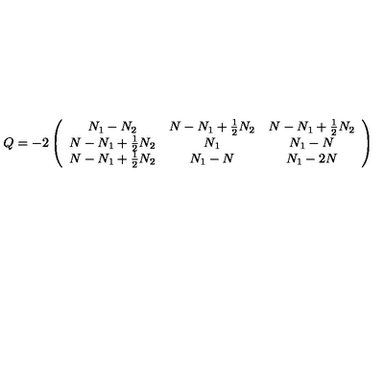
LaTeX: Q = - 2 \left( \begin{array} { c c c } { N _ { 1 } - N _ { 2 } } & { N - N _ { 1 } + \frac 1 2 N _ { 2 } } & { N - N _ { 1 } + \frac 1 2 N _ { 2 } } \\ { N - N _ { 1 } + \frac 1 2 N _ { 2 } } & { N _ { 1 } } & { N _ { 1 } - N } \\ { N - N _ { 1 } + \frac 1 2 N _ { 2 } } & { N _ { 1 } - N } & { N _ { 1 } - 2 N } \\ \end{array} \right)